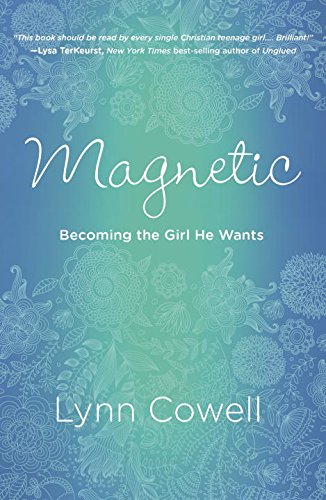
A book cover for Magnetic: Becoming the Girl He Wants; Lynn Cowell; Christian Books & Bibles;